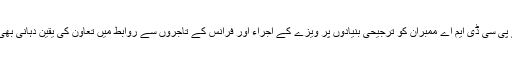
انہوں نے پی سی ڈی ایم اے ممبران کو ترجیحی بنیادوں پر ویزے کے اجراء اور فرانس کے تاجروں سے روابط میں تعاون کی یقین دہانی بھی کروائی۔